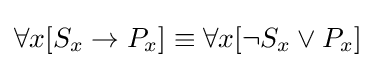
\forall {x}[S_{x}\rightarrow P_{x}]\equiv \forall {x}[\neg S_{x}\lor P_{x}]